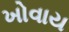
ખોવાય